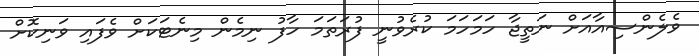
ވެލެންސިއާއަށް ނަތީޖާ ހަމަހަމަ ކުރެވުނީ ފުރަތަމަ ހާފު ނިމެން މިނެޓަކަށް ވެފައި ވަނިކޮށް